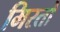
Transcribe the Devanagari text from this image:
मिरतो